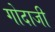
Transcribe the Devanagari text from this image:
गोदाजी